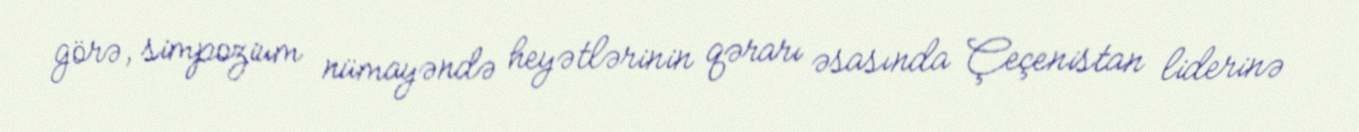
görə, simpozium nümayəndə heyətlərinin qərarı əsasında Çeçenistan liderinə